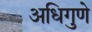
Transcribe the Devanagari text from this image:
अधिगुणे